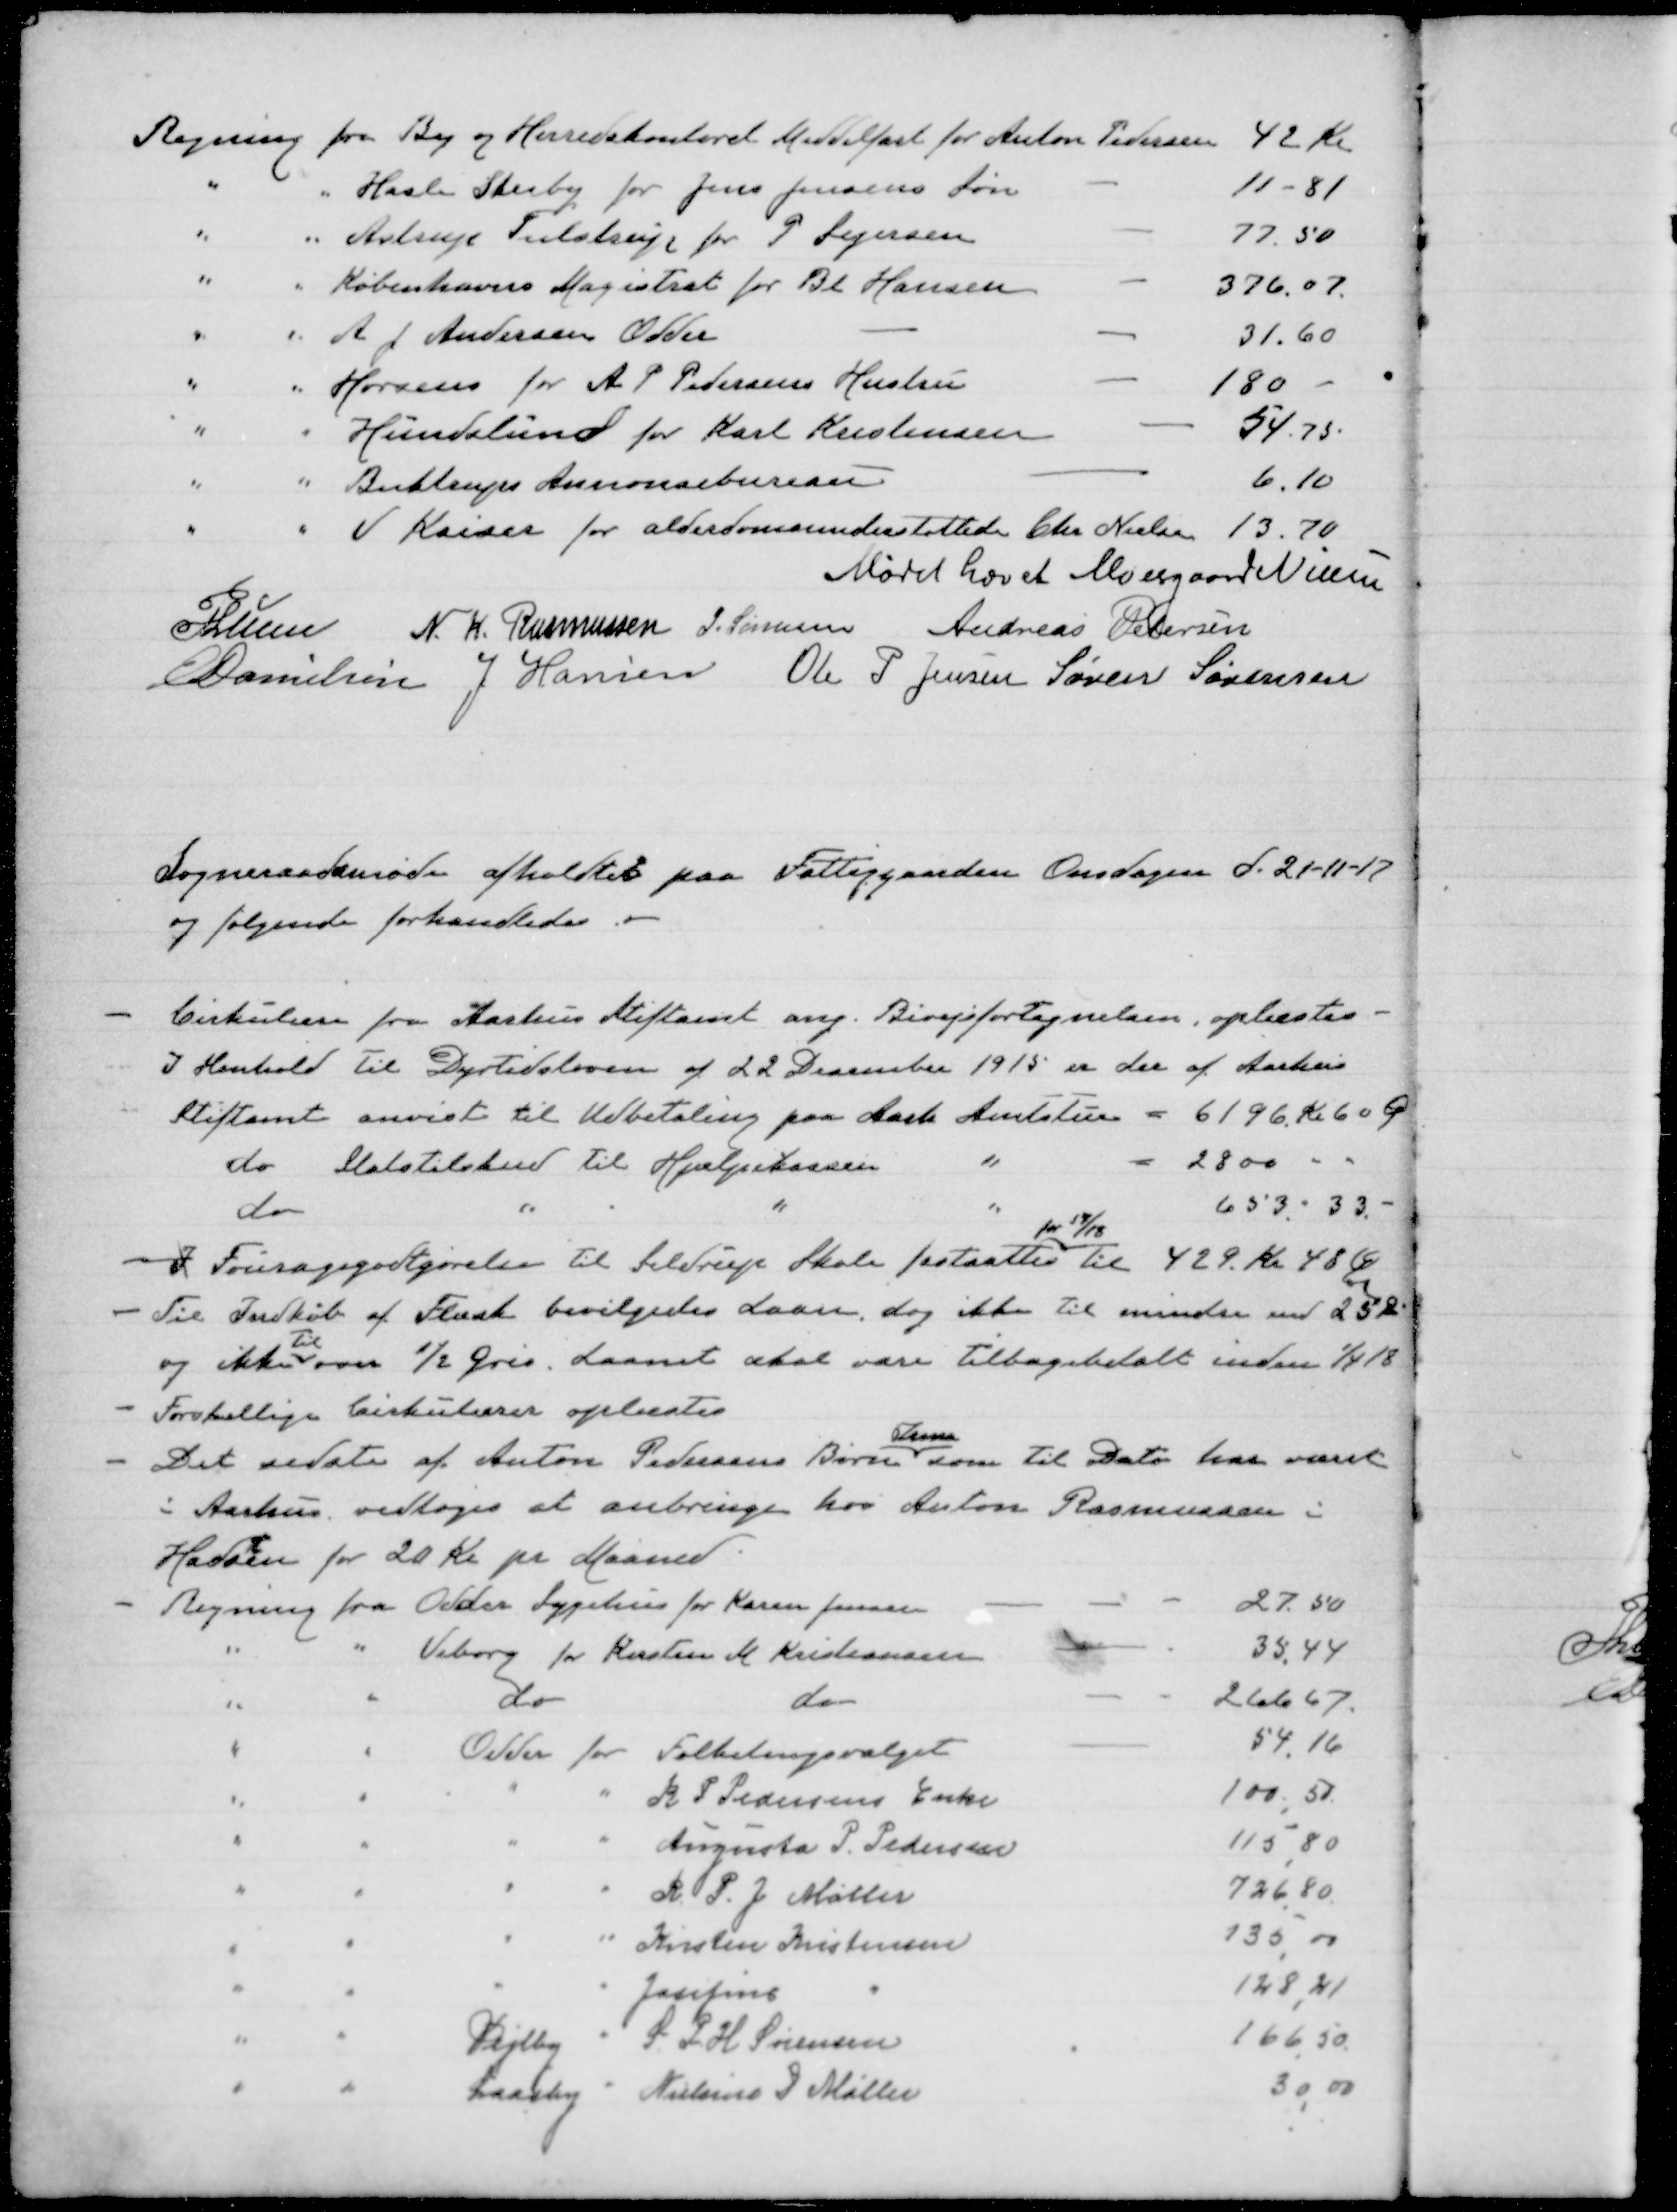
Transskription:
Regning fra By og Herredskontoret Middelfart for Anton Pedersen 42 Kr
"
" Hasle Skeiby for Jens Jensens Løn
11-81
"
" Astrup Tulstrup for P Sejersen
77.50
"
"
Københavns Magistrat for Bl Hansen
376.07.
"
" A J Andersen Odder
31.60
"
" Horsens for A P Pedersens Hustru
180 -
"
"
Hundslund for Karl Kristensen
54.75.
"
" Austrups Annonsebureau
6.10
"
"
I Kaiser for alderdomsunderstøttede Chr Nielsen 13.70

Mødet hævet Moesgaard Nielsen
Plusn
Plusn N. K. Rasmussen
J. Sørensen
Andreas Petersen
O Danielsen
J Hansen
Ole P Jensen
Søren Sørensen

Sogneraadsmøde afholdtes paa Fattiggaarden Onsdagen d. 21-11-17
og følgende forhandledes

Cirkulære fra Aarhus Stiftamt ang. Bivejsfortegnelsen, oplæstes.
I Henhold til Dyrtidsloven af 22 December 1915 er der af Aarhus
Stiftamt anvist til Udbetaling paa Aarh Amtstue = 6196 Kr 60 Ø
do
Statstilskud til Hjælpekassen
"
= 2800 " "
do
"
"
"
653. " 3.3. -

I Fouragegodtgørelse til Seldrup Skole fastsattes
for 17/18
til 429 Kr 48 Ø
Til Indkøb af Flæsk bevilgedes Laan, dog ikke til mindre end 25 Ø
og ikke
til
over ½ Gris. Laanet skal være tilbagebetalt inden 1/4 18
Forskellige Cirkulærer oplæstes
Det sidste af Anton Pedersens Børn
Jens
som til Dato har været
i Aarhus vedtoges at anbringe hos Anton Rasmussen i
Hads
t
en for 20 kr pr Maaned.